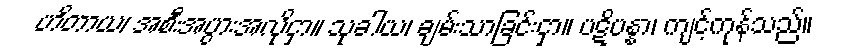
ဟိတာယ၊ အစီးအပွားအလိုငှာ။ သုခါယ၊ ချမ်းသာခြင်းငှာ။ ပဋိပန္နာ၊ ကျင့်ကုန်သည်။